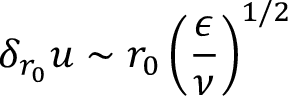
\delta _ { r _ { 0 } } u \sim r _ { 0 } \left( \frac { \epsilon } { \nu } \right) ^ { 1 / 2 }